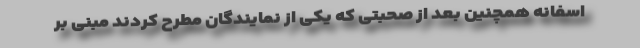
اسفانه همچنین بعد از صحبتی که یکی از نمایندگان مطرح کردند مبنی بر